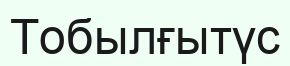
Тобылғытүс